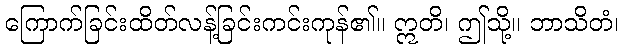
ကြောက်ခြင်းထိတ်လန့်ခြင်းကင်းကုန်၏။ ဣတိ၊ ဤသို့။ ဘာသိတံ၊